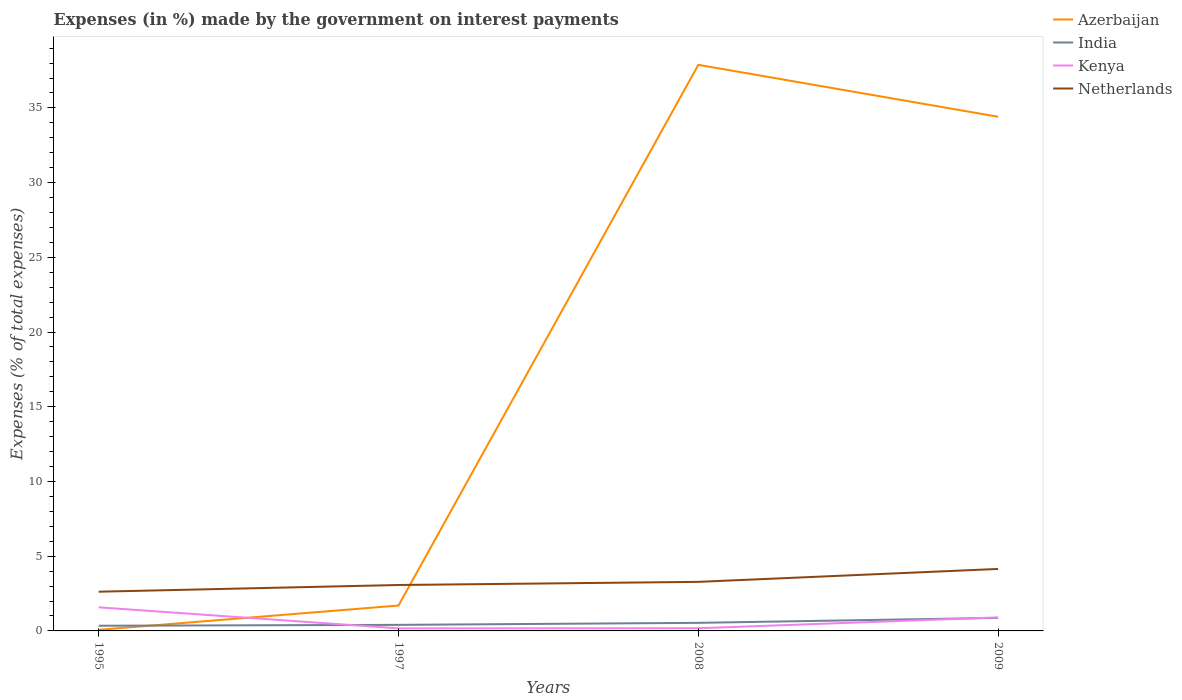
| Years | Azerbaijan | India | Kenya | Netherlands |
 | --- | --- | --- | --- | --- |
 | 1995 | 0.0743 | 0.348 | 1.58 | 2.62 |
 | 1997 | 1.7 | 0.406 | 0.169 | 3.07 |
 | 2008 | 37.9 | 0.54 | 0.18 | 3.28 |
 | 2009 | 34.4 | 0.873 | 0.904 | 4.15 |